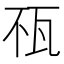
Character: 𤬭